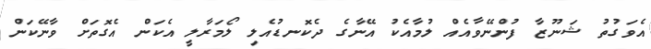
އެވަގުތު ޝަނޫޒާ ފުންނޭވާއެއް ލުމާއެކު އޭނާގެ ދެކޮނޑުއެލި ލޯމަރާލީ އެކަން އެގޮތަށް ވާނޭކަން